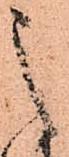
之